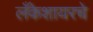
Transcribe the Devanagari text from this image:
लँकेशायरचे